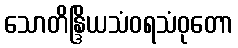
သောတိန္ဒြိယသံဝရသံဝုတော